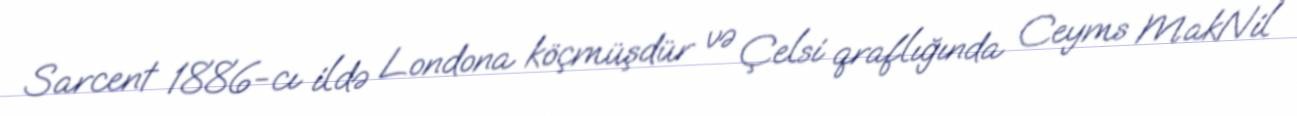
Sarcent 1886-cı ildə Londona köçmüşdür və Çelsi qraflığında Ceyms MakNil